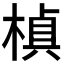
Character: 𭫕